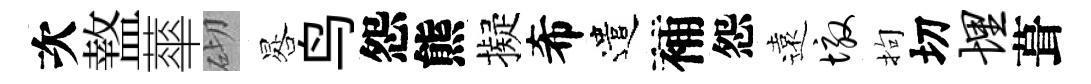
次盩蕐砌晷鸟怨熊擬希遣補怨遠墩拘切埋葺